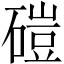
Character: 磑